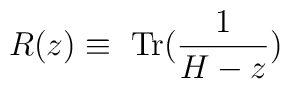
R(z)\equiv \textrm{ Tr}(\frac{1}{H-z})